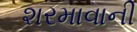
શરમાવાની